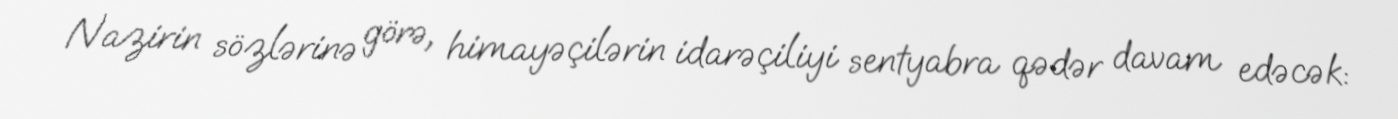
Nazirin sözlərinə görə, himayəçilərin idarəçiliyi sentyabra qədər davam edəcək: